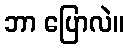
ဘာ ပြောလဲ။